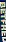
BETFRED